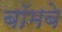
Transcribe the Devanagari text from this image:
बॉमबे